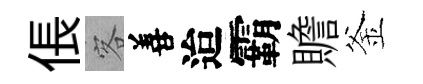
倀客善迨霸贍釜